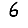
Digit: 6